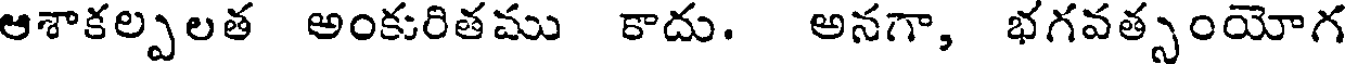
ఆశాకల్పలత అంకురితము కాదు. అనగా, భగవత్సంయోగ